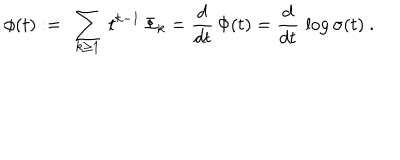
LaTeX: \phi ( t ) : = \ \sum _ { k \ge 1 } \ t ^ { k - 1 } \, \Phi _ { k } = { \frac { d } { d t } } \, \Phi ( t ) = { \frac { d } { d t } } \, \log \sigma ( t ) \ .